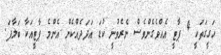
ހަގީގަތަކީ 4 ޕާޓީ އެއްވެގެންވެސް ނެރެވުނީ ކުޑަ އަދަދެއްކެން އެންމެ ޕާޓީއަކާ ބަލާފަ.